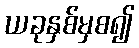
ယခုနှစ်မှစ၍